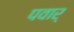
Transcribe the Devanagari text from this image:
पवार्